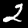
Digit: 2